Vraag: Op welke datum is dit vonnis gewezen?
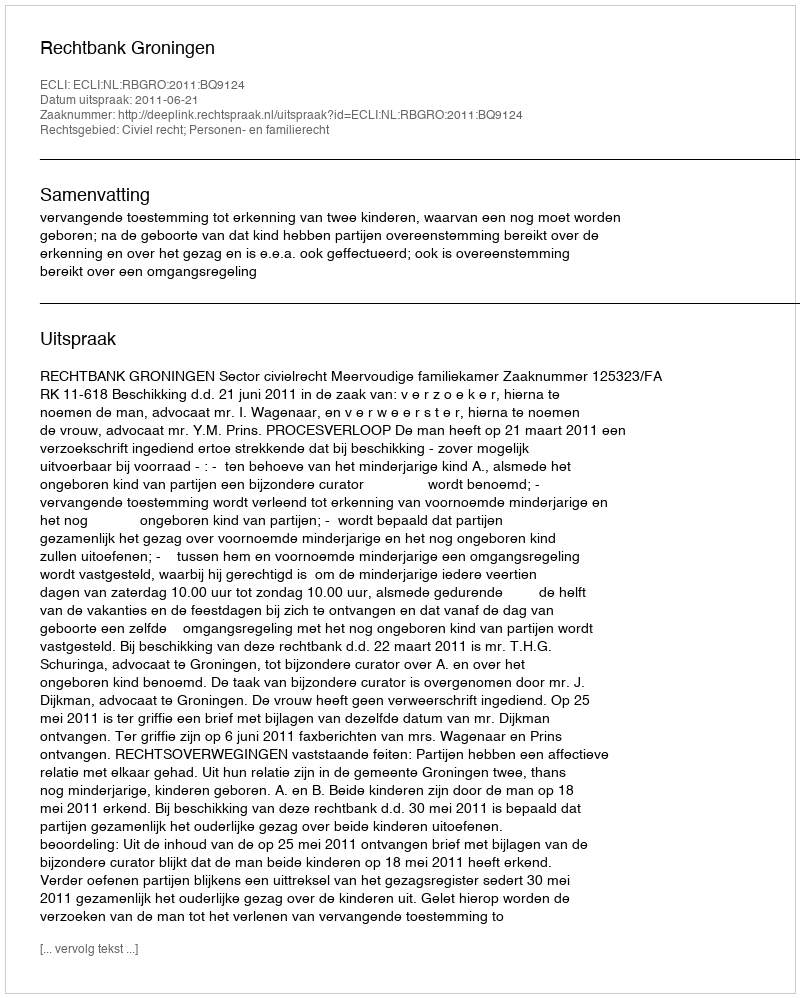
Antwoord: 2011-06-21